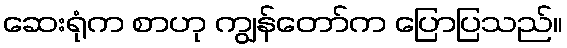
ဆေးရုံက စာဟု ကျွန်တော်က ပြောပြသည်။